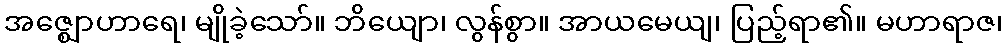
အဇ္ဈောဟာရေ၊ မျိုခဲ့သော်။ ဘိယျော၊ လွန်စွာ။ အာယမေယျ၊ ပြည့်ရာ၏။ မဟာရာဇ၊